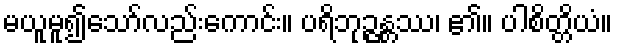
မယူမူ၍သော်လည်းကောင်း။ ပရိဘုဉ္ဇန္တဿ၊ ၏။ ပါစိတ္တိယံ။